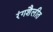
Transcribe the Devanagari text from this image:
रंगशैलीत